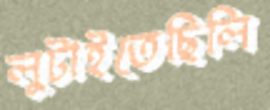
লুটাইতেছিলি